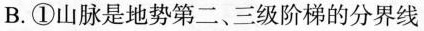
B.①山脉是地势第二、三级阶梯的分界线